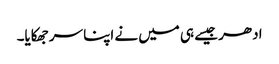
ادھر جیسے ہی میں نے اپنا سر جھکایا۔